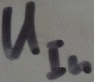
Text: UIn